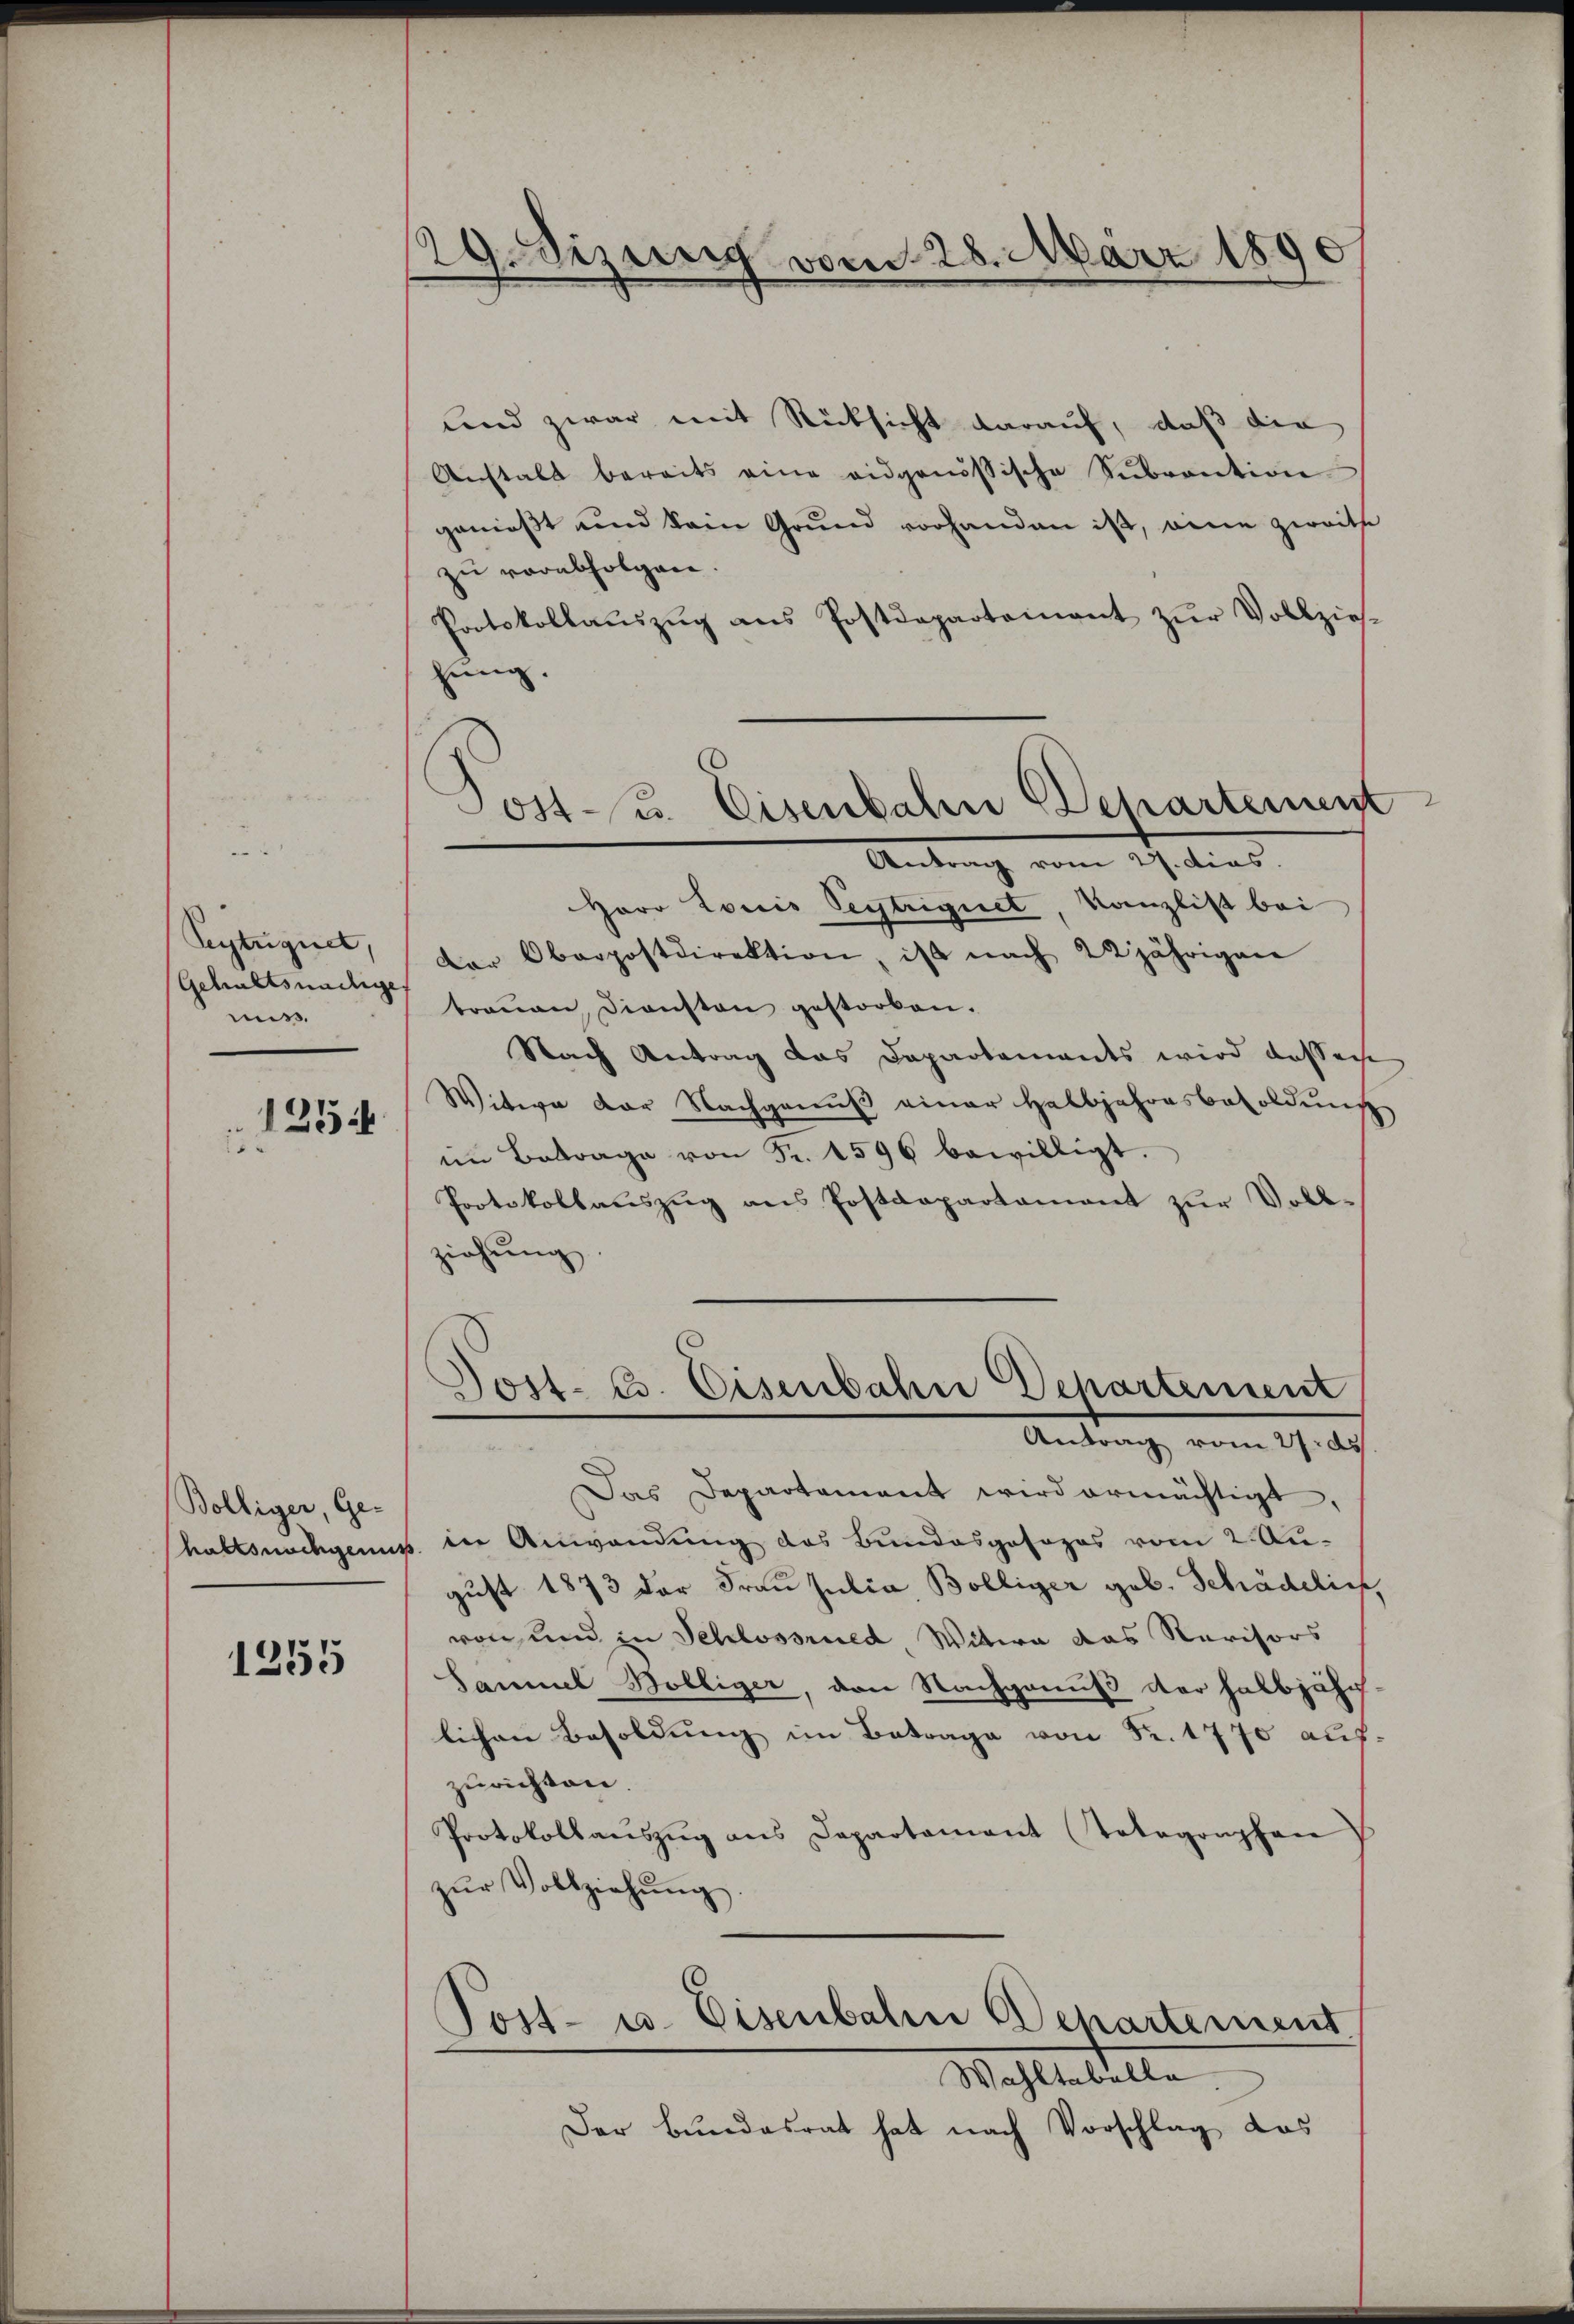
Seytugnet,
miss
125

Bölliger, Ge-

1255

129. dizung vom 28. März 180

und zwar mit Rücksicht darauf, daß die
Anstalt bereits eine eidgenössische Sŭbvention
genießt und kein Grund vorhanden ist, eine zweite
zu verabfolgen.
Protokollaŭszŭg ans Postdeparteinant zŭr Vollzieh-
hung.
Antrag vom 29. dies
Herr Louis Beytrigiet, Kanzlist bei
der Oberpostdirektion, ist nach 22jährigen
Gehaltsmachen trauen, Diensten gestorben.
Nach Antrag das Dapartements wird dassere
Witwe der Nachgenuß einer Halbjahresbesoldung
im Betrage von Fr. 1596 bewilligt.
Protokollauszug aus Postdepartament zur Voll-
ziehung
8
Jost. 23. Eisenbahn Departement
Antrag, vom 19. d.

Das Departament wird ermächtigt,
haltsnachgenuss. in Anwendung des Bundesgosozes vom 2. August 1873 der Frau Julia, Bölliger geb. Schädelich,
von und in Schlossried Witwe das Revisors
Sammel Völliger, den Nachgenuß der halbjähr-
lichen Besoldung im Betrage von Fr. 1770 aufzurichten.
Protokollaŭszŭg ans Departament (Totagonphan
zŭr Vollziehŭng
Post- u. Eisenbahn Departement
Wahltabella
Der Bundesrat hat nach Vorschlag das

Post- u. Eisenbahn Departement